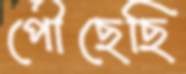
পৌঁছেছি